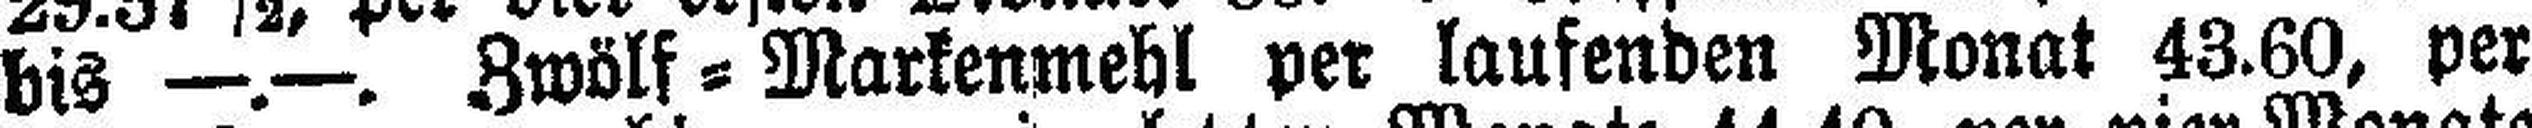
bis —.—. Zwölf=Markenmehl per laufenden Monat 43.60, per